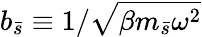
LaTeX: b_{\bar{s}}\equiv{1}/{\sqrt{\beta m_{\bar{s}}\omega^{2}}}